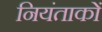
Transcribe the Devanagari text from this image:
नियंताकों